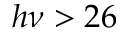
h \nu > 2 6